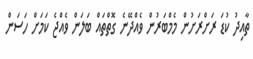
ތާއިދު ކުޑަ ރަށްރަށުން މެމްބަރުން ވެއްދޭނެ ގޮތްތައް ބަލަން ވެއްޖެ ކަމަށް ހަސަން